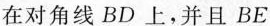
在对角线BD上，并且BE